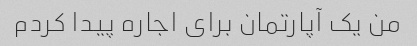
من یک آپارتمان برای اجاره پیدا کردم